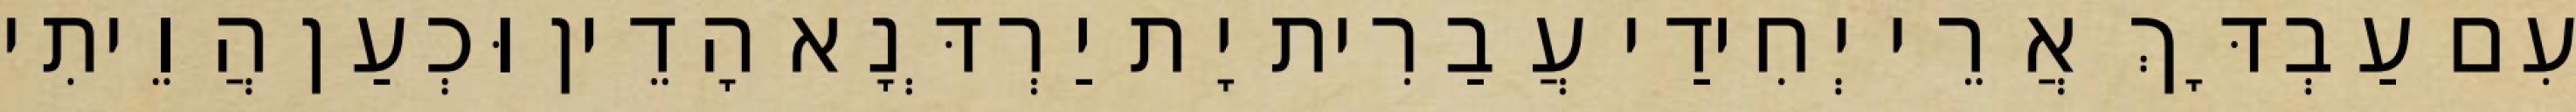
עִם עַבְדָּךְ אֲרֵי יְחִידַי עֲבַרִית יָת יַרְדְּנָא הָדֵין וּכְעַן הֲוֵיתִי